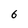
Character: 6